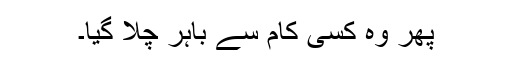
پھر وہ کسی کام سے باہر چلا گیا۔